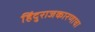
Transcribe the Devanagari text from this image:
हिंदुराजकारणाचा